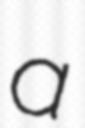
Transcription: a